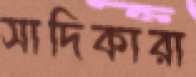
সাদিকারা